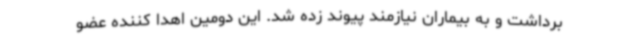
برداشت و به بیماران نیازمند پیوند زده شد. این دومین اهدا کننده عضو